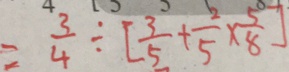
= \frac { 3 } { 4 } \div [ \frac { 3 } { 5 } + \frac { 2 } { 5 } \times \frac { 5 } { 8 } ]